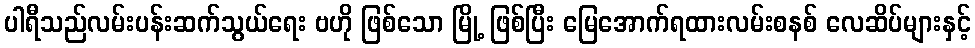
ပါရီသည်လမ်းပန်းဆက်သွယ်ရေး ဗဟို ဖြစ်သော မြို့ ဖြစ်ပြီး မြေအောက်ရထားလမ်းစနစ် လေဆိပ်များနှင့်